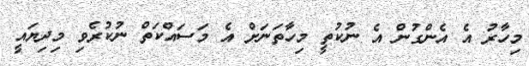
މިހާރު އެ އެންގުން އެ ނުކުތީ މިހާތަނަށް އެ މަސައްކަތް ނުކުރެވި މިދިޔައީ